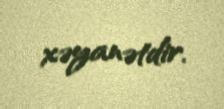
xəyanətdir.